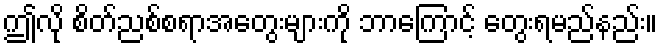
ဤလို စိတ်ညစ်စရာအတွေးများကို ဘာကြောင့် တွေးရမည်နည်း။